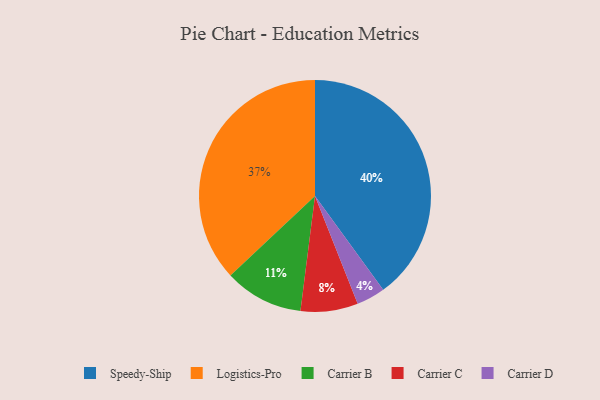
{"axis": {"x": "Category", "y": "Percentage"}, "legend": ["Carrier B", "Carrier C", "Carrier D", "Logistics-Pro", "Speedy-Ship"], "data": [{"x": "Speedy-Ship", "y": 40, "type": "Speedy-Ship"}, {"x": "Logistics-Pro", "y": 37, "type": "Logistics-Pro"}, {"x": "Carrier B", "y": 11, "type": "Carrier B"}, {"x": "Carrier C", "y": 8, "type": "Carrier C"}, {"x": "Carrier D", "y": 4, "type": "Carrier D"}]}